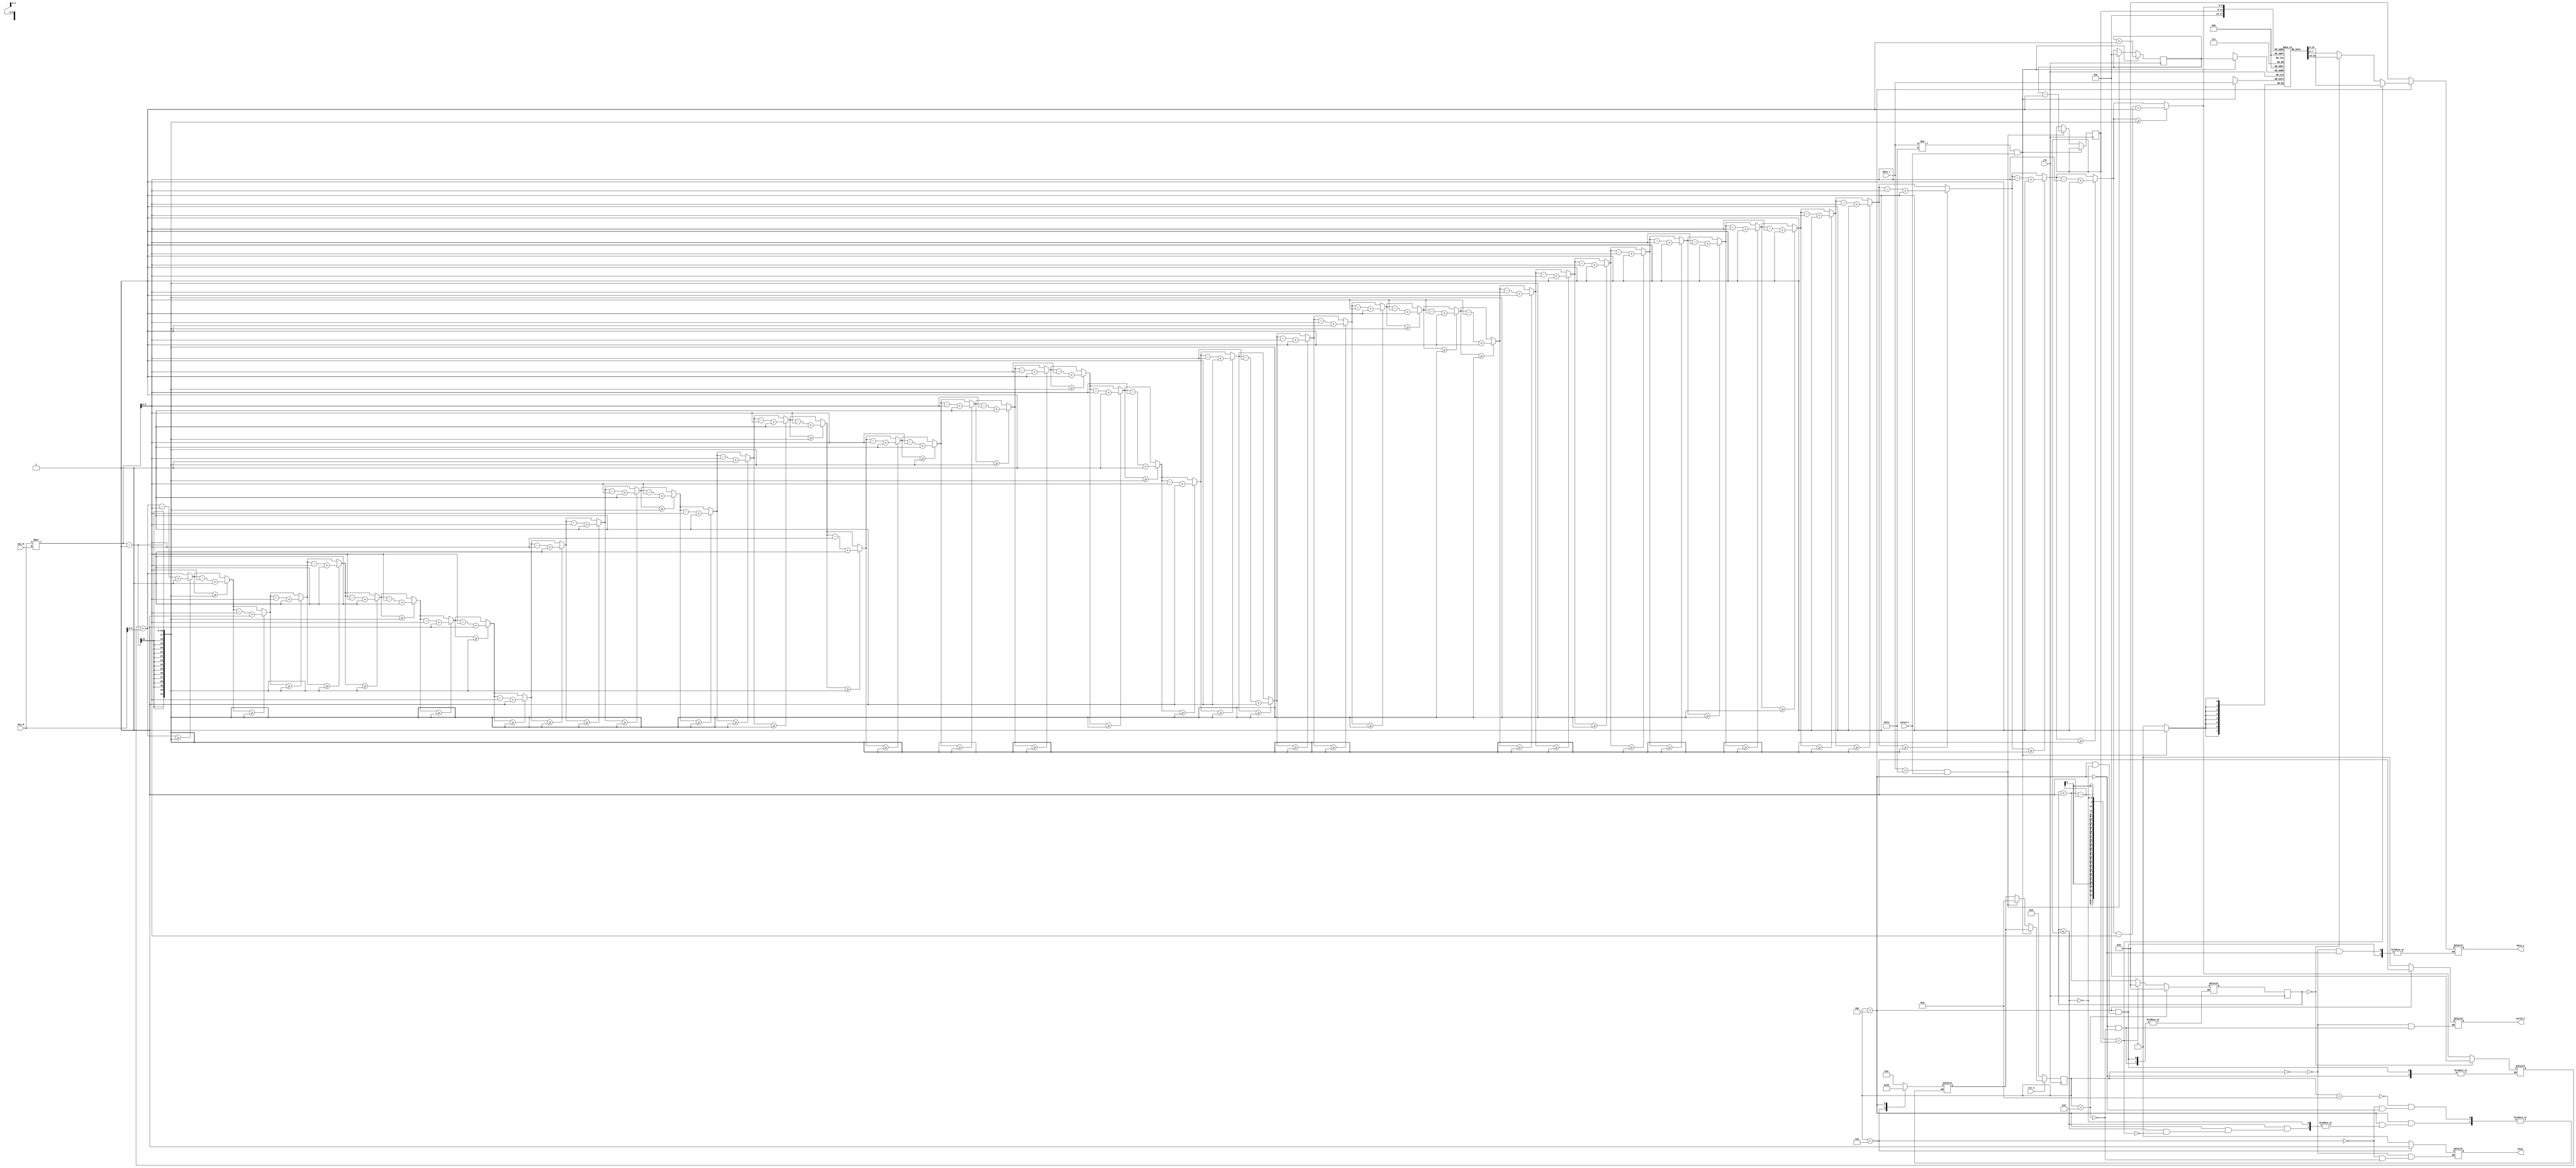
`timescale 1ns / 1ps
//////////////////////////////////////////////////////////////////////////////////
// Company: 
// Engineer: 
// 
// Design Name: 
// Module Name:    scytale_decryption 
// Project Name: 
// Target Devices: 
// Tool versions: 
// Description: 
//
// Dependencies: 
//
// Revision: 
// Revision 0.01 - File Created
// Additional Comments: 
//
//////////////////////////////////////////////////////////////////////////////////
module scytale_decryption#(
			parameter D_WIDTH = 8, 
			parameter KEY_WIDTH = 8, 
			parameter MAX_NOF_CHARS = 50,
			parameter START_DECRYPTION_TOKEN = 8'hFA
		)(
			// Clock and reset interface
			input clk,
			input rst_n,
			
			// Input interface
			input[D_WIDTH - 1:0] data_i,
			input valid_i,
			
			// Decryption Key
			input[KEY_WIDTH - 1 : 0] key_N,
			input[KEY_WIDTH - 1 : 0] key_M,
			
			// Output interface
			output reg[D_WIDTH - 1:0] data_o,
			output reg valid_o,
			
			output reg busy
    );

`define reset 0
`define waiting 2
`define decode 4
`define busy 6
`define final 8
`define thxverilog 10

reg[3:0] state, next_state=`waiting;
reg[D_WIDTH - 1:0] array[MAX_NOF_CHARS-1:0];
reg[5:0] count=0, countAux=0, factor, current=0;
reg[7:0] i=0, i_next=0;
always @(posedge clk)
begin
state<=next_state;

if(data_i!=START_DECRYPTION_TOKEN && valid_i==1)
	begin array[count]<=data_i; count<=count+1;  end
else
	if(data_i==START_DECRYPTION_TOKEN && valid_i==1)
	begin countAux<=count-1; state<=`thxverilog; count<=0; end

	i <= i_next;

if (rst_n==0)
state<=`reset;
end

always @(*)
begin

case(state)
		`reset:begin data_o=0; valid_o=0; busy=0; end
		`thxverilog: begin next_state=`busy;    end	//se amana cu un frotn de ceas executia
		`busy: begin  busy=1; next_state=`decode; end
		`decode: begin 
						valid_o=1;
						if(i<=countAux)
							begin 

							factor=current+key_N;
							repeat(50)
							begin
								if (factor >=key_N*key_M-1)
									begin
										factor=factor-key_N*key_M+1;
									end
							end

								data_o=array[factor]; 
							//	$display("i=%d si data_o=%c si factor=%d si count=%d si key_N=%d",i,data_o, factor, count, key_N); 

								current=factor;
								
								//formula prin care se determina ordinea termenilor este o progresie de forma current=(current+key_N)%(key_N*key_M-1) cu valoare initiala current=0
								
								if(i==0)
									begin 
										data_o=array[0]; 
										current=0;
									end
								i_next = i + 1; 
								if(i_next-1==countAux) 
									begin
										data_o=array[countAux]; 
										 next_state=`final;
										 i_next=0;
									end
							end
					end				
		`final: begin  busy=0; valid_o=0; i_next=0; end

endcase

end

endmodule